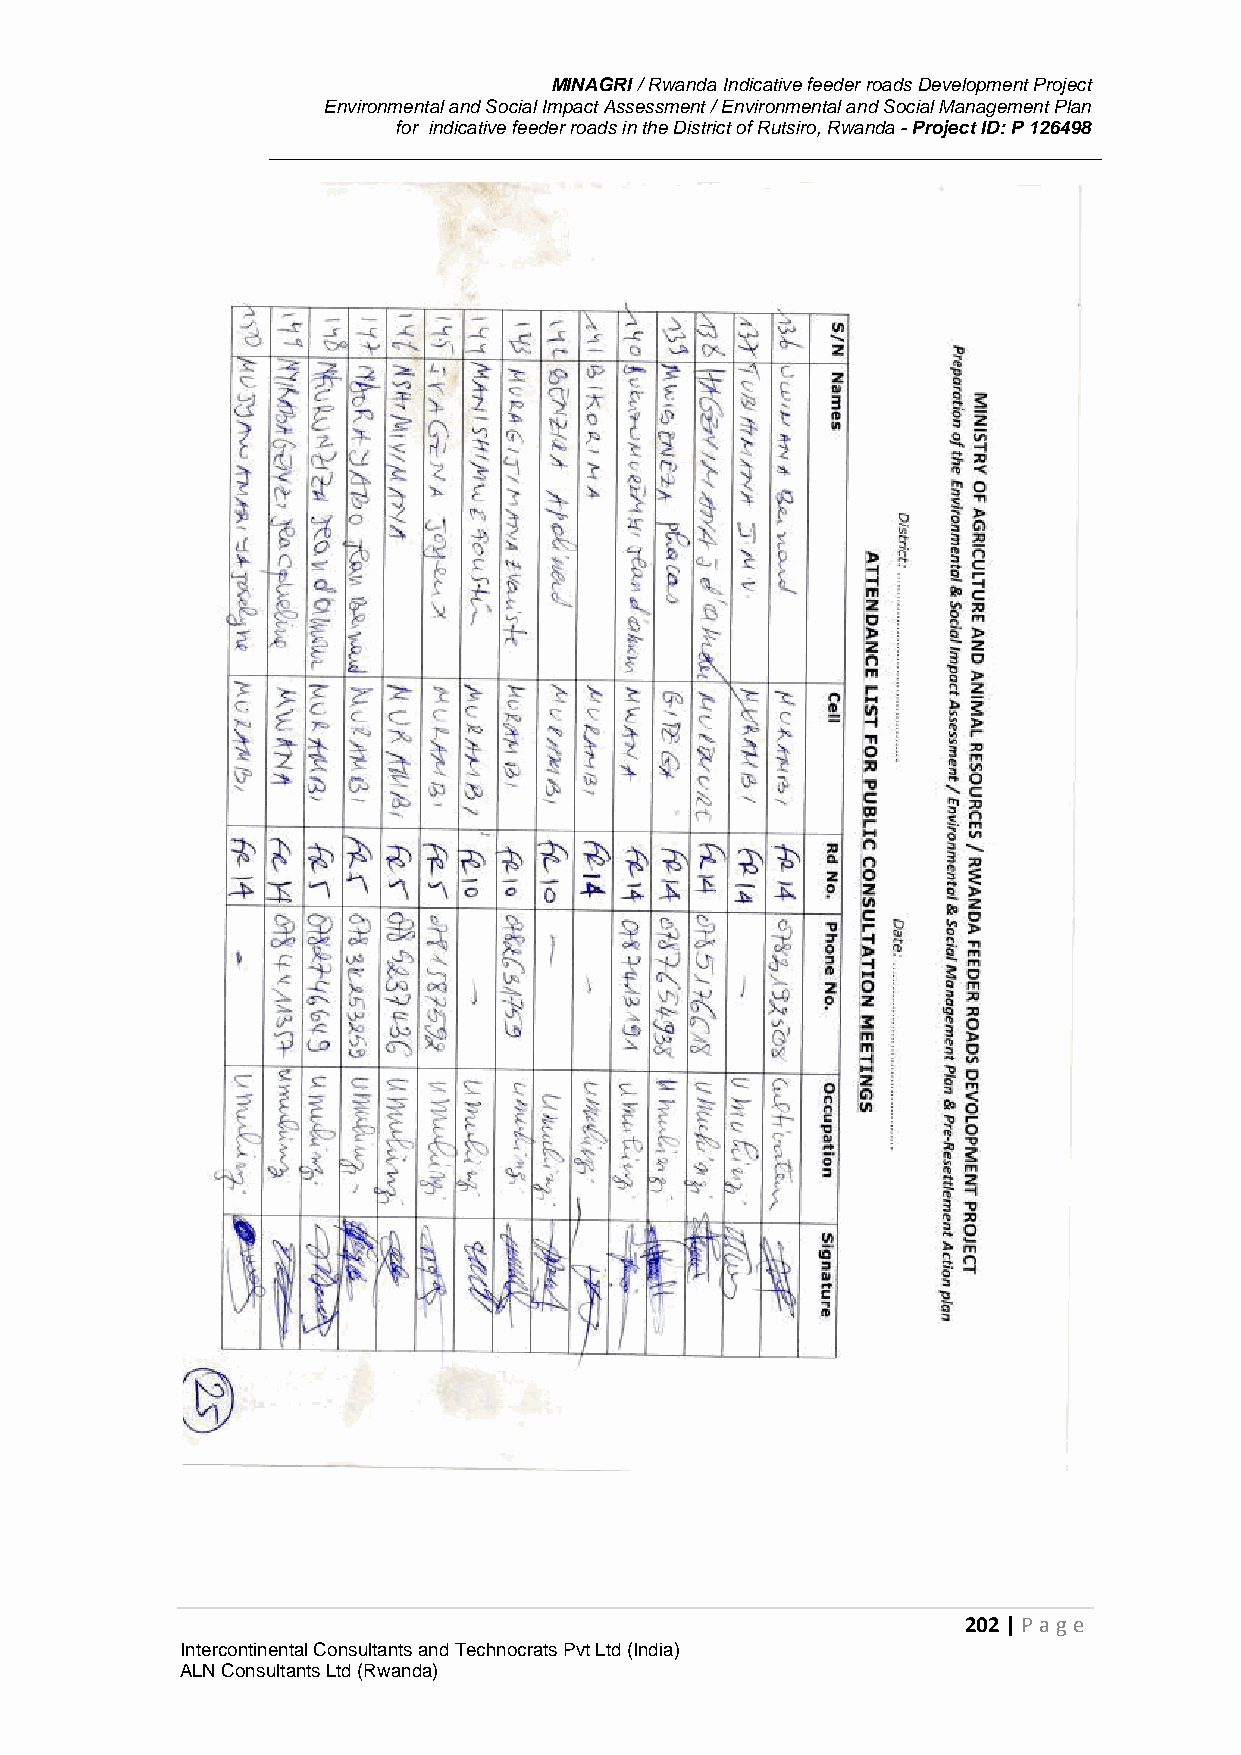
MINAGRI / Rwanda Indicative feeder roads Development Project
 Environmental and Social Impact Assessment / Environmental and Social Management Plan
 for indicative feeder roads in the District of Rutsiro, Rwanda - Project ID: P 126498
 202 | P age
 Intercontinental Consultants and Technocrats Pvt Ltd (India)
 ALN Consultants Ltd (Rwanda)